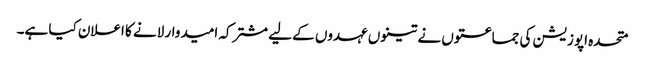
متحدہ اپوزیشن کی جماعتوں نے تینوں عہدوں کے لیے مشترکہ امیدوار لانے کا اعلان کیا ہے۔